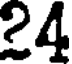
24